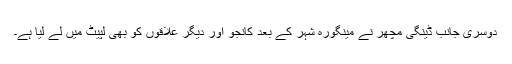
دوسری جانب ڈینگی مچھر نے مینگورہ شہر کے بعد کانجو اور دیگر علاقوں کو بھی لپیٹ میں لے لیا ہے۔